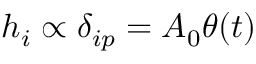
h _ { i } \propto \delta _ { i p } = A _ { 0 } \theta ( t )